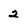
Character: 2